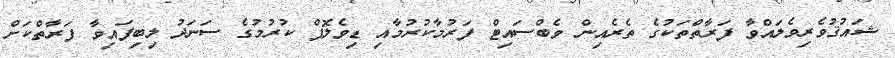
ޝައުޤުވެރިވެލައްވާ ފަރާތްތަކުގެ ތެރެއިން ވެބްސައިޓް ފަރުމާކުރުމާއި ޑިވެލޮޕް ކުރުމުގެ ސަނަދު ލިބިފައިވާ ފަރާތްކަށް